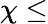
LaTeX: \chi\leq